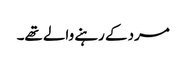
مرد کے رہنے والے تھے۔